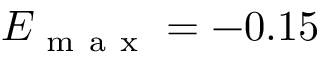
E _ { \mathrm { ~ m ~ a ~ x ~ } } = - 0 . 1 5